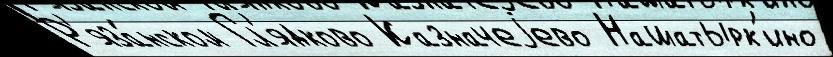
Р'яза́нском Гл'ядково Казначеjево Нашатырк'ино